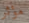
مؤثر